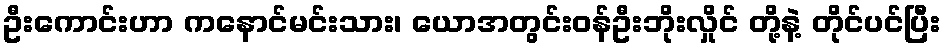
ဦးကောင်းဟာ ကနောင်မင်းသား၊ ယောအတွင်းဝန်ဦးဘိုးလှိုင် တို့နဲ့ တိုင်ပင်ပြီး